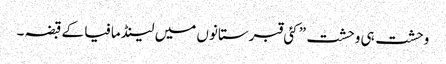
وحشت ہی وحشت” کئی قبرستانوں میں لینڈ مافیا کے قبضہ ۔